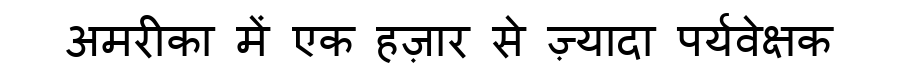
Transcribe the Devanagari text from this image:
अमरीका में एक हज़ार से ज़्यादा पर्यवेक्षक